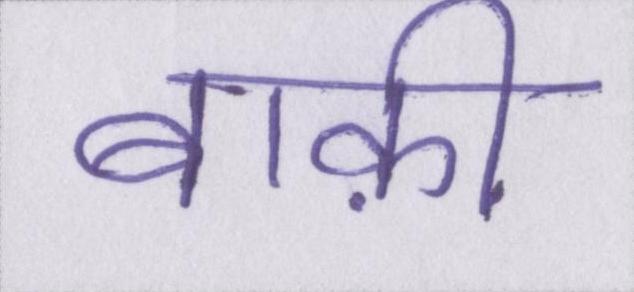
बाक़ी